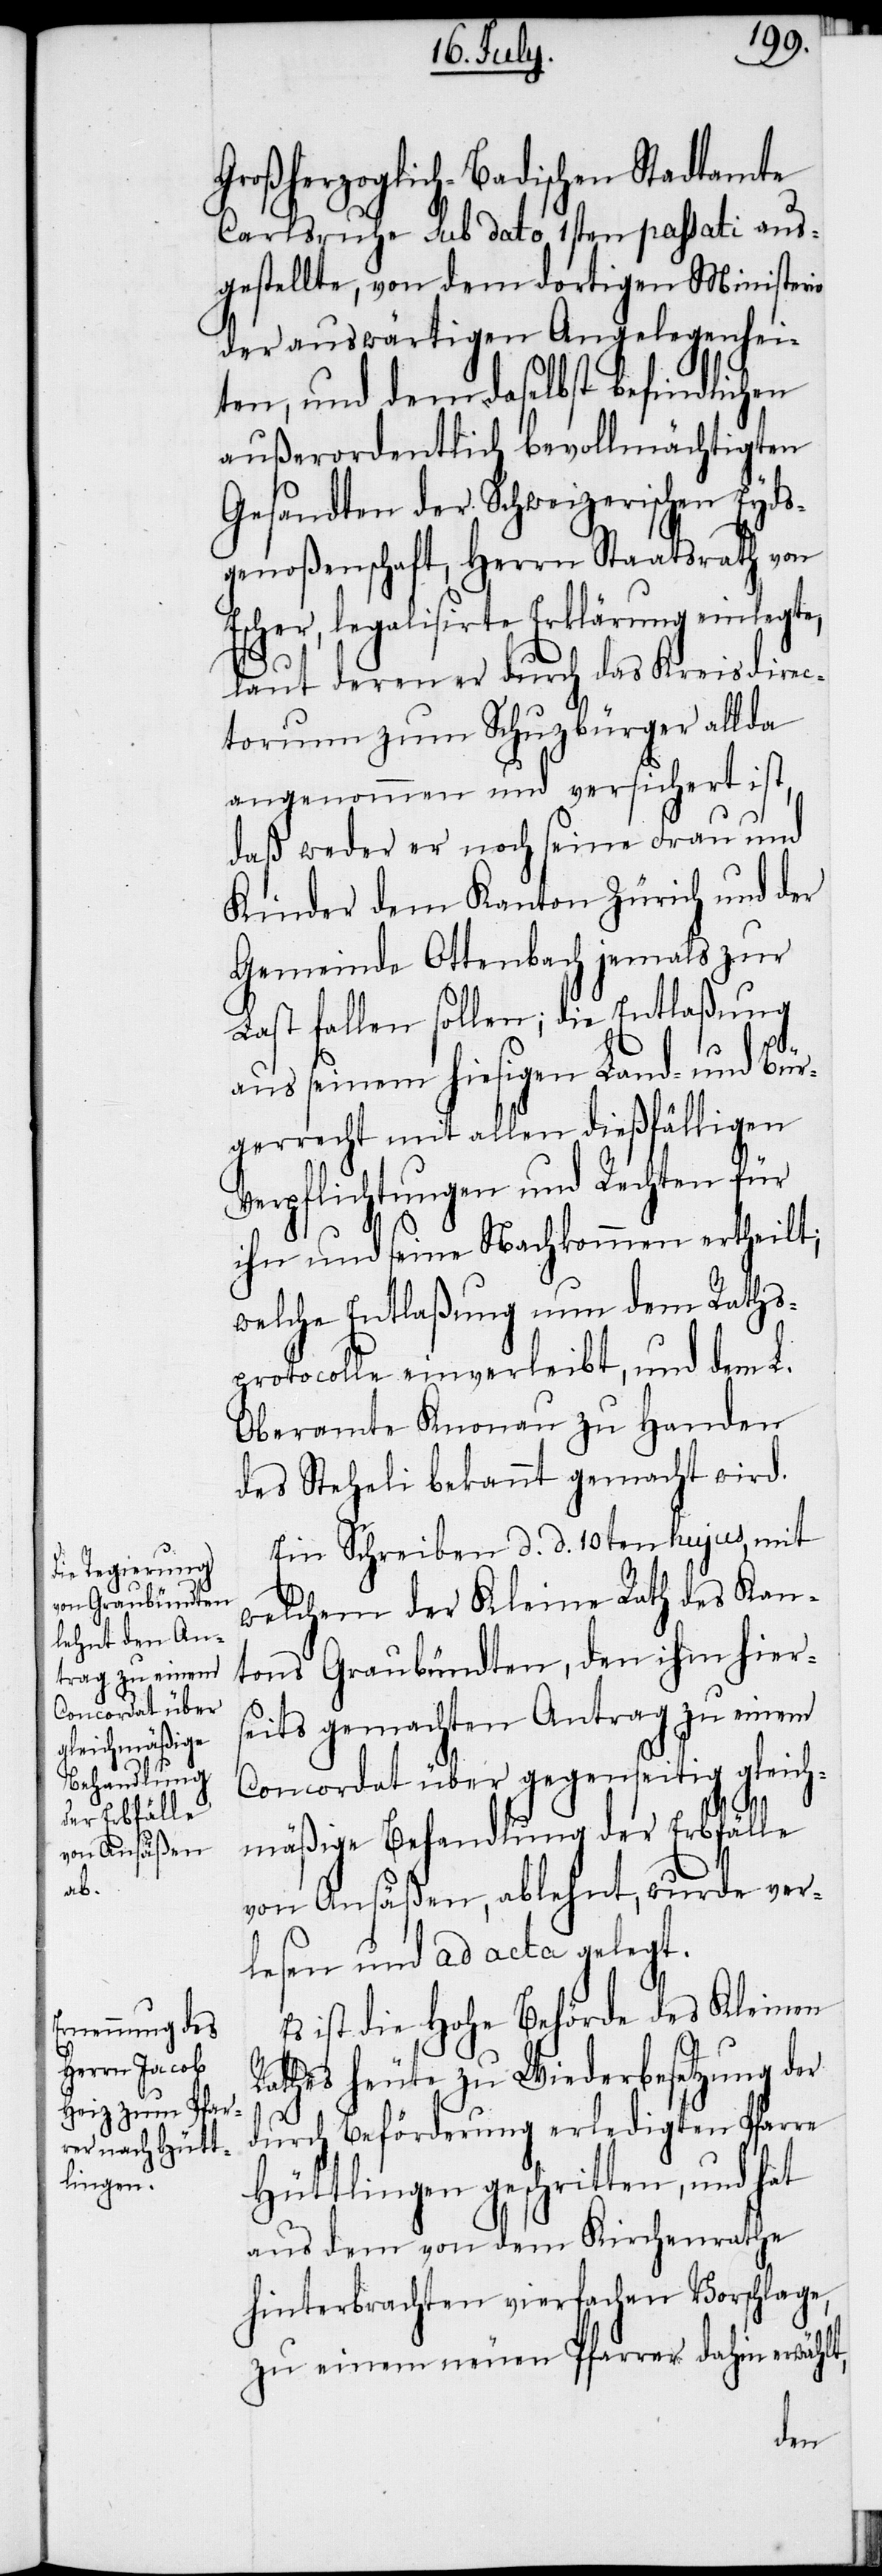
Großherzoglich-Badischen Stadtamte
Carlsruhe sub dato 1sten passati aus¬
gestellte, von dem dortigen Ministerio
der auswärtigen Angelegenhei¬
ten, und dem daselbst befindlichen
außerordentlich bevollmächtigten
Gesandten der Schweizerischen Eyds¬
genoßenschaft, Herrn Staatsrath von
Escher, legalisirte Erklärung einlegte,
laut deren er durch das Kreisdirec¬
torium zum Schuzbürger allda
angenommen und versichert ist,
daß weder er noch seine Frau und
Kinder dem Kanton Zürich und der
Gemeinde Ottenbach jemals zur
Last fallen sollen; die Entlaßung
aus seinem hiesigen Land- und Bür¬
gerrecht mit allen dießfälligen
Verpflichtungen und Rechten für
ihn und seine Nachkommen ertheilt;
welche Entlaßung nun dem Raths¬
protocolle einverleibt, und dem L.
Oberamte Knonau zu Handen
des Steheli bekannt gemacht wird.
Ein Schreiben d. d. 10ten hujus, mit
welchem der Kleine Rath des Kan¬
tons Graubündten, den ihm hiers¬
eits gemachten Antrag zu einem
Concordat über gegenseitig gleich¬
mäßige Behandlung der Erbfälle
von Ansäßen, ablehnt, wurde ver¬
lesen und ad acta gelegt.
ist die Hohe Behörde des Kleinen
Rathes heute zu Wiederbesetzung der
durch Beförderung erledigten Pfarre
Hüttlingen geschritten, und hat
aus dem von dem Kirchenrathe
hinterbrachten vierfachen Vorschlage,
zu einem neuen Pfarrer dahin erwählt,